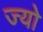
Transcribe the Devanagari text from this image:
ज्‍यो